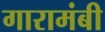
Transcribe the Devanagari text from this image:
गारामंबी